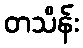
တသိန်း